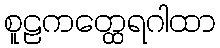
စူဠကတ္ထေရဂါထာ